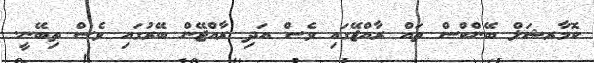
ކޮމާރޝަލް ބޭންކްސް ތައް ރާއްޖޭގައި ވެސް އަދި ރާއްޖޭން ބޭރުގައި ވެސް ތިބޭނީ.